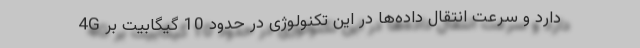
4G دارد و سرعت انتقال داده‌ها در این تکنولوژی در حدود 10 گیگابیت بر